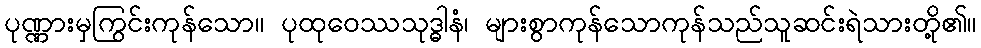
ပုဏ္ဏားမှကြွင်းကုန်သော။ ပုထုဝေဿသုဒ္ဓါနံ၊ များစွာကုန်သောကုန်သည်သူဆင်းရဲသားတို့၏။